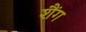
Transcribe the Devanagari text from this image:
शैंग